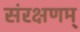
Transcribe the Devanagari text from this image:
संरक्षणम्‌